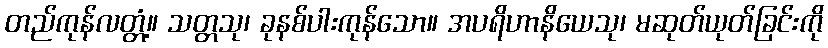
တည်ကုန်လတ္တံ့။ သတ္တသု၊ ခုနစ်ပါးကုန်သော။ အပရိဟာနိယေသု၊ မဆုတ်ယုတ်ခြင်းကို